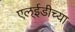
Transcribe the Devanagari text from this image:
एल्ईडीच्या